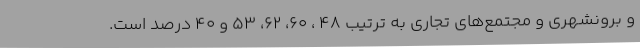
و برونشهری و مجتمع‌های تجاری به ترتیب 48 ، 60، 62، 53 و 40 درصد است.